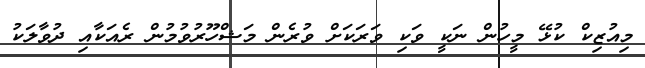
މިއުޒިކް ކުޅޭ މީހުން ނަކީ ވަކި ވަރަކަށް ވުރެން މަޝްހޫރުވުމުން ރެއަކާއި ދުވާލަކު